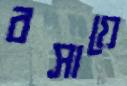
বসায়ে